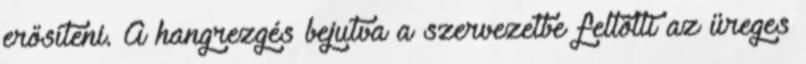
erősíteni. A hangrezgés bejutva a szervezetbe feltölti az üreges